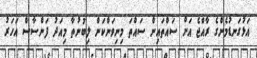
އަޅުގަނޑުމެންގެ ރާއްޖެ އަށް ސައްތައިން ސައްތަ މިނިވަންކަން ލިބުނުތާ މިއަދު ފަންސާސް އަހަރު